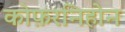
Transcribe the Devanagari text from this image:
कोफ़रनिहोन